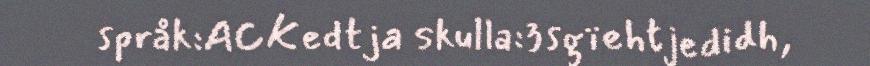
språk:ACKedtja skulla:3sgïehtjedidh,